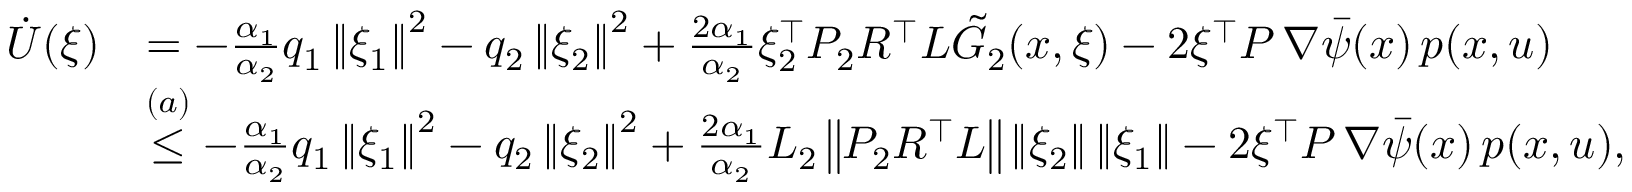
\begin{array} { r l } { \dot { U } ( \xi ) } & { = - \frac { \alpha _ { 1 } } { \alpha _ { 2 } } q _ { 1 } \left\| \xi _ { 1 } \right\| ^ { 2 } - q _ { 2 } \left\| \xi _ { 2 } \right\| ^ { 2 } + \frac { 2 \alpha _ { 1 } } { \alpha _ { 2 } } \xi _ { 2 } ^ { \top } P _ { 2 } R ^ { \top } L \tilde { G } _ { 2 } ( x , \xi ) - 2 \xi ^ { \top } P \, \nabla \bar { \psi } ( x ) \, p ( x , u ) } \\ & { \stackrel { ( a ) } { \leq } - \frac { \alpha _ { 1 } } { \alpha _ { 2 } } q _ { 1 } \left\| \xi _ { 1 } \right\| ^ { 2 } - q _ { 2 } \left\| \xi _ { 2 } \right\| ^ { 2 } + \frac { 2 \alpha _ { 1 } } { \alpha _ { 2 } } L _ { 2 } \left\| P _ { 2 } R ^ { \top } L \right\| \left\| \xi _ { 2 } \right\| \left\| \xi _ { 1 } \right\| - 2 \xi ^ { \top } P \, \nabla \bar { \psi } ( x ) \, p ( x , u ) , } \end{array}